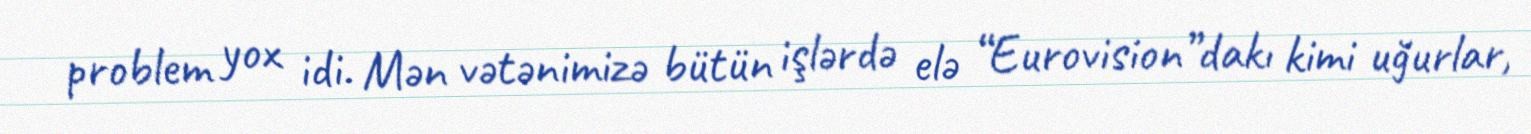
problem yox idi. Mən vətənimizə bütün işlərdə elə “Eurovision”dakı kimi uğurlar,